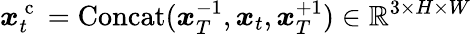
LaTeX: \boldsymbol{x}_{t}^{\mathrm{~c~}}=\operatorname{Concat}(\boldsymbol{x}_{T}^{-1},\boldsymbol{x}_{t},\boldsymbol{x}_{T}^{+1})\in\mathbb{R}^{3\times H\times W}